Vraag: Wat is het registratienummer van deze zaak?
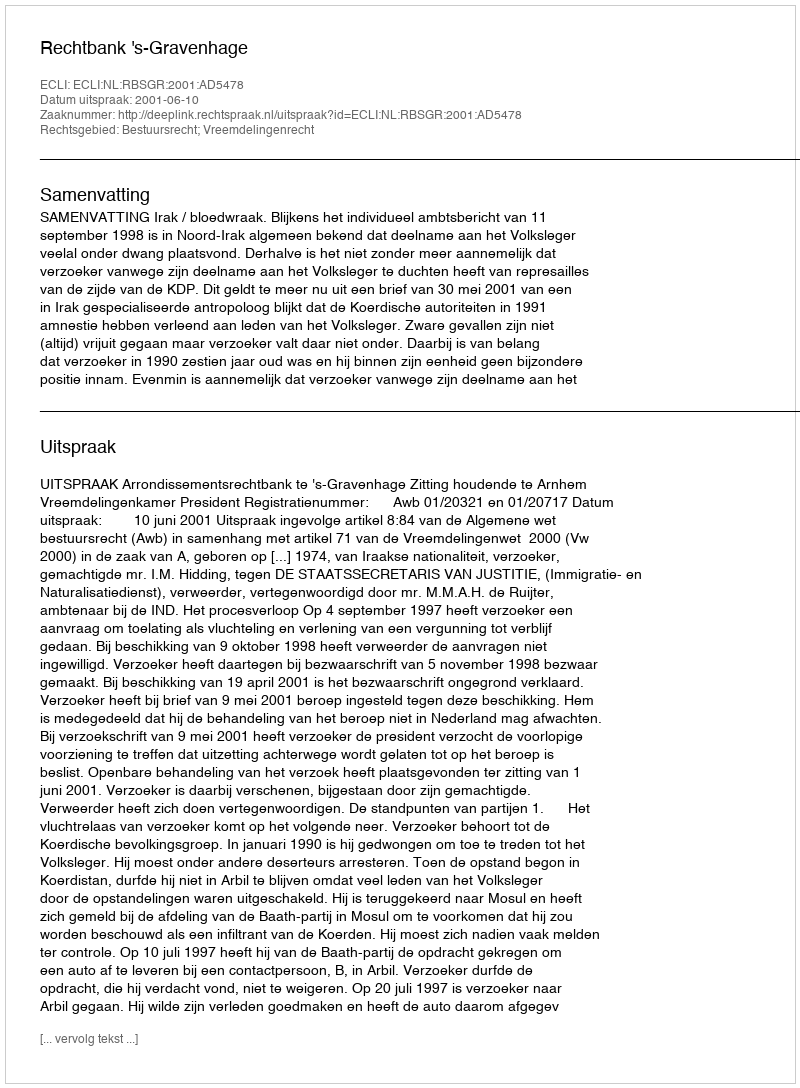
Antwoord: http://deeplink.rechtspraak.nl/uitspraak?id=ECLI:NL:RBSGR:2001:AD5478